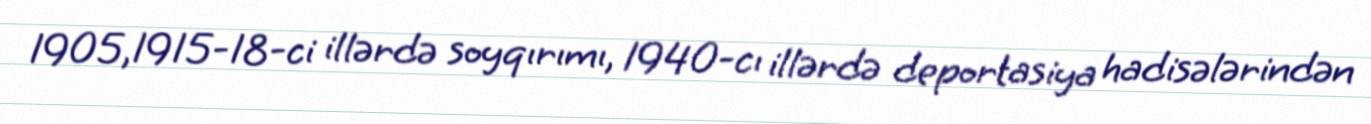
1905,1915-18-ci illərdə soyqırımı, 1940-cı illərdə deportasiya hadisələrindən